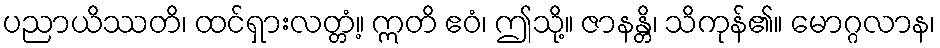
ပညာယိဿတိ၊ ထင်ရှားလတ္တံ့။ ဣတိ ဧဝံ၊ ဤသို့။ ဇာနန္တိ၊ သိကုန်၏။ မောဂ္ဂလာန၊